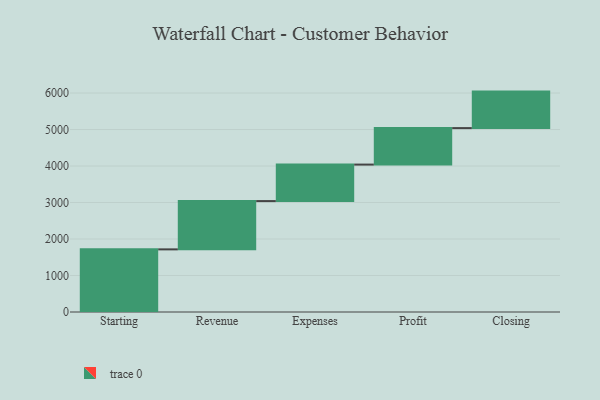
{"axis": {"x": "Step", "y": "Value"}, "legend": [""], "data": [{"x": "Starting", "y": 1716.0, "type": ""}, {"x": "Revenue", "y": 1323.0, "type": ""}, {"x": "Expenses", "y": 1000, "type": ""}, {"x": "Profit", "y": 1000, "type": ""}, {"x": "Closing", "y": 1000, "type": ""}]}